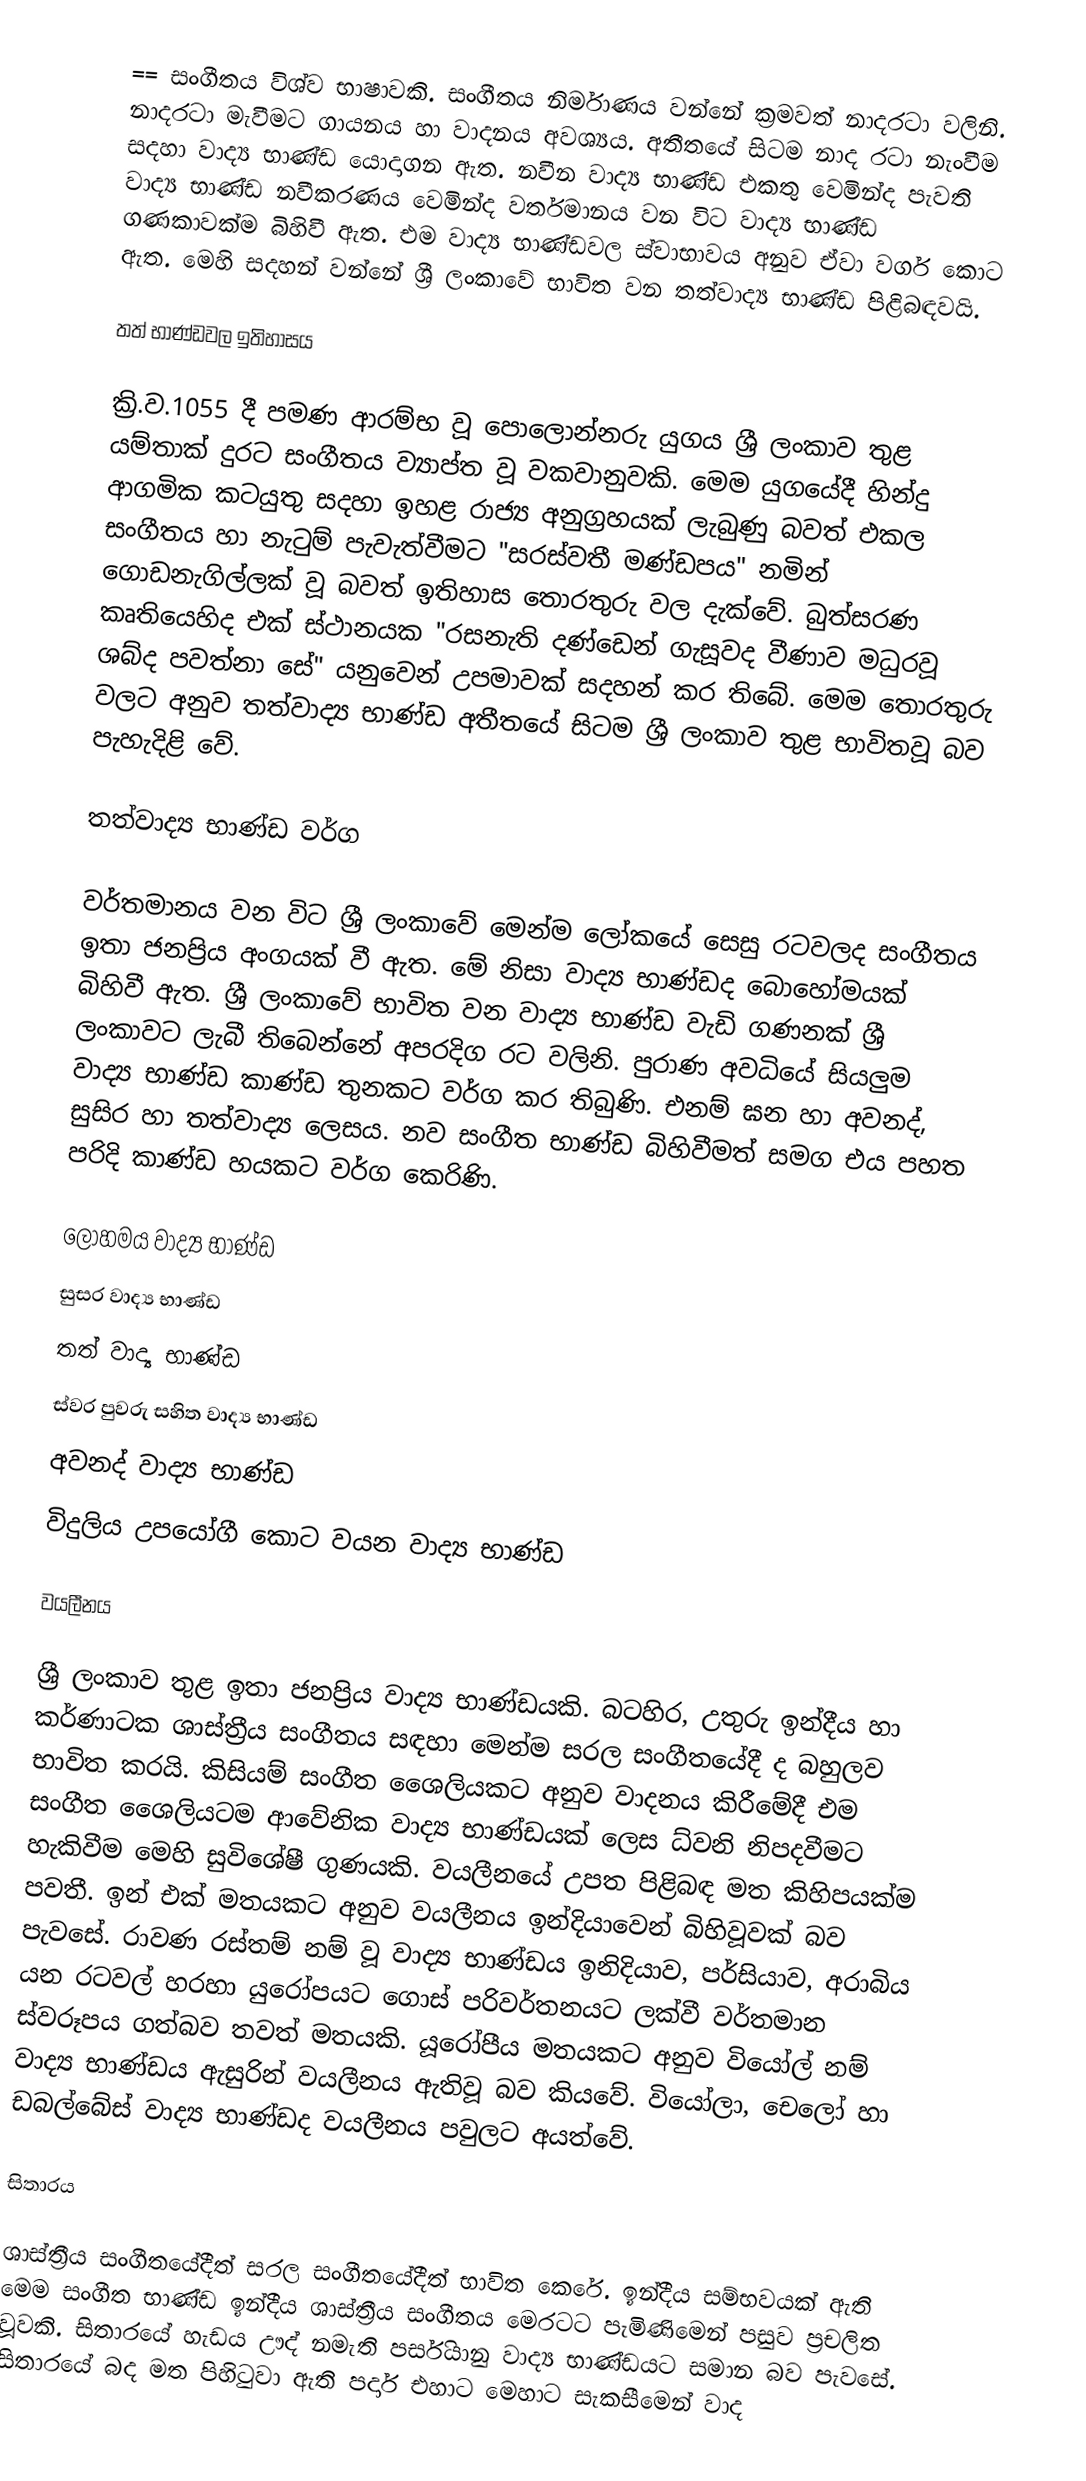
== සංගීතය විශ්ව භාෂාවකි. සංගීතය නිර්මාණය වන්නේ ක්‍රමවත් නාදරටා වලිනි. නාදරටා මැවීමට ගායනය හා වාදන‍ය අවශ්‍යය. අතීත‍යේ  සිටම නාද රටා නැංවීම සදහා වාද්‍ය භාණ්ඩ යොදාගන ඇත. නවීන වාද්‍ය භාණ්ඩ එකතු ‍වෙමින්ද පැවති වාද්‍ය භාණ්ඩ නවීකරණය වෙමින්ද වර්තමානය වන විට වාද්‍ය භාණ්ඩ ගණකාවක්ම බිහිවී ඇත. එම වාද්‍ය භාණ්ඩවල ස්වාභාවය අනුව ඒවා වර්ග ‍කොට ඇත. මෙහි සදහන් වන්නේ ශ්‍රී ලංකාවේ භාවිත වන තත්වාද්‍ය භාණ්ඩ පිළිබඳවයි.

තත් භාණ්ඩවල ඉතිහාසය

ක්‍රි.ව.1055 දී පමණ ආරම්භ වූ පොලොන්නරු යුගය ශ්‍රී ලංකාව තුළ යම්තාක් දුරට සංගීතය ව්‍යාප්ත වූ වකවානුවකි. මෙම යුගයේදී හින්දු ආගමික කටයුතු සදහා ඉහළ රාජ්‍ය අනුග්‍රහයක් ලැබුණු බවත් එකල සංගීතය හා නැටුම් පැවැත්වීමට "සරස්වතී මණ්ඩපය" නමින් ගොඩනැගිල්ලක් වූ බවත් ඉතිහාස තොරතුරු වල දැක්වේ. බුත්සරණ කෘතියෙහිද එක් ස්ථානයක "රසනැති දණ්ඩෙන් ගැසූවද වීණාව මධුරවූ ශබ්ද පවත්නා සේ" යනුවෙන් උපමාවක් සදහන් කර තිබේ. මෙම තොරතුරු වලට අනුව තත්වාද්‍ය භාණ්ඩ අතීතයේ සිටම ශ්‍රී ලංකාව තුළ භාවිතවූ බව පැහැදිළි වේ.

තත්වාද්‍ය භාණ්ඩ වර්ග

වර්තමානය වන විට ශ්‍රී ලංකාවේ මෙන්ම ලෝකයේ සෙසු රටවලද සංගීතය ඉතා ජනප්‍රිය අංගයක් වී ඇත. මේ නිසා වාද්‍ය  භාණ්ඩද බොහෝමයක් බිහිවී ඇත. ශ්‍රී ලංකාවේ භාවිත වන වාද්‍ය භාණ්ඩ වැඩි ගණනක් ශ්‍රී ලංකාවට ලැබී තිබෙන්නේ අපරදිග රට වලිනි. පුරාණ අවධියේ සියලුම වාද්‍ය භාණ්ඩ කාණ්ඩ තුනකට වර්ග කර තිබුණි. එනම් ඝන හා අවනද්, සුසිර හා තත්වාද්‍ය ලෙසය. නව සංගීත භාණ්ඩ බිහිවීමත් සමග එය පහත පරිදි කාණ්ඩ හයකට වර්ග කෙරිණි.

 ලෝහමය වාද්‍ය භාණ්ඩ
 සුසර වාද්‍ය භාණ්ඩ
 තත් වාද්‍ය භාණ්ඩ
 ස්වර පුවරු සහිත වාද්‍ය භාණ්ඩ
 අවනද් වාද්‍ය භාණ්ඩ
 විදුලිය උපයෝගී කොට වයන වාද්‍ය භාණ්ඩ

වයලීනය

ශ්‍රී ලංකා‍ව තුළ ඉතා ජනප්‍රිය වාද්‍ය භාණ්ඩයකි. බටහිර, උතුරු ඉන්දීය හා කර්ණාටක ශාස්ත්‍රීය සංගීතය සඳහා මෙන්ම සරල සංගීතයේදී ද  බහුලව භාවිත කරයි. කිසියම් සංගීත ශෛලියකට අනුව වාදනය කිරීමේදී එම සංගීත ශෛලියටම ආවේනික වාද්‍ය භාණ්ඩයක් ලෙස ධ්වනි නිපදවීමට හැකිවීම මෙහි සුවිශේෂී ගුණයකි. වයලීන‍යේ උපත පිළිබඳ මත කිහිපයක්ම පවතී. ඉන් එක් මතයකට අනුව වයලීනය ඉන්දියාවෙන් බිහිවූවක් බව පැවසේ. රාවණ රස්තම් නම් වූ වාද්‍ය භාණ්ඩය ඉනිදියාව, පර්සියාව, අරාබිය යන රටවල් හරහා යුරෝපයට ගොස් පරිවර්තනයට ලක්වී වර්තමාන ස්වරූපය ගත්බව තවත් මතයකි. යූරෝපීය මතයකට අනුව වියෝල් නම් වාද්‍ය භාණ්ඩය ඇසුරින් වයලීනය ඇතිවූ බව කියවේ. වියෝලා, චෙලෝ හා ඩබල්බේස්  වාද්‍ය භාණ්ඩද වයලීනය පවුලට අයත්වේ.

සිතාරය

ශාස්ත්‍රීය සංගීතයේදීත් සරල සංගීතයේදීත් භාවිත කෙරේ. ඉන්දීය සම්භවයක් ඇති මෙම සංගීත භාණ්ඩ  ඉන්දීය ශාස්ත්‍රීය සංගීතය ‍මෙරටට පැමිණිමෙන් පසුව ප්‍රචලිත වූවකි. සිතාරයේ හැඩය ඌද් නමැති පර්සියානු වාද්‍ය භාණ්ඩයට සමාන බව පැවසේ. සිතාරයේ බද මත පිහිටුවා ඇති පර්දා එහාට මෙහාට සැකසීමෙන් වාද